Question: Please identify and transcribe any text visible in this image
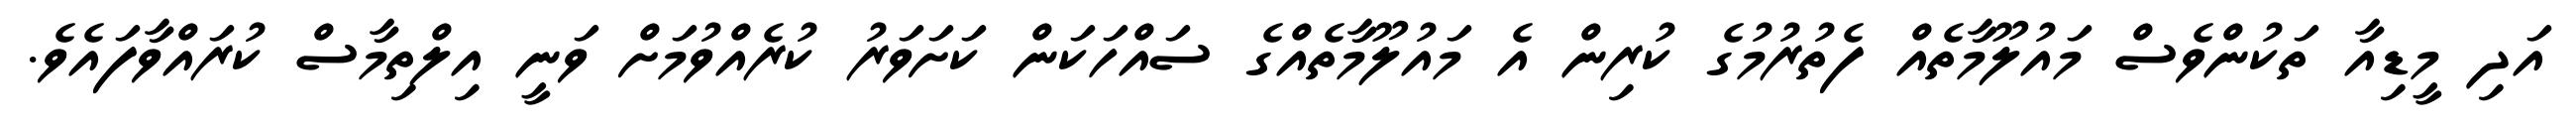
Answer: އަދި މީޑިއާ ތަކުންވެސް މައުލޫމާތެއް ފެތުރުމުގެ ކުރިން އެ މައުލޫމާތެއްގެ ސައްހަކަން ކަށަވަރު ކުރެއްވުމަށް ވަނީ އިލްތިމާސް ކުރައްވާފައެވެ.